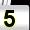
Digit: 5